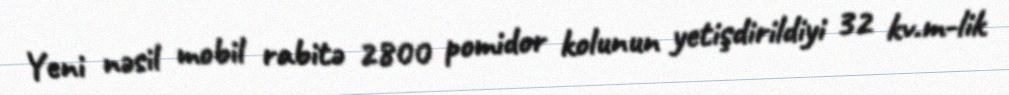
Yeni nəsil mobil rabitə 2800 pomidor kolunun yetişdirildiyi 32 kv.m-lik